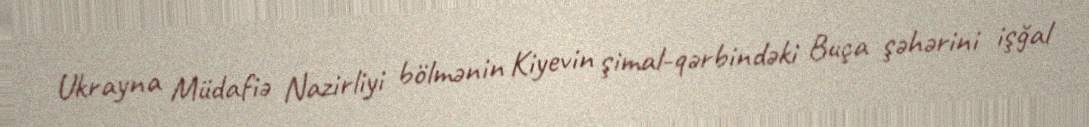
Ukrayna Müdafiə Nazirliyi bölmənin Kiyevin şimal-qərbindəki Buça şəhərini işğal